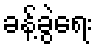
ခန့်ခွဲရေး